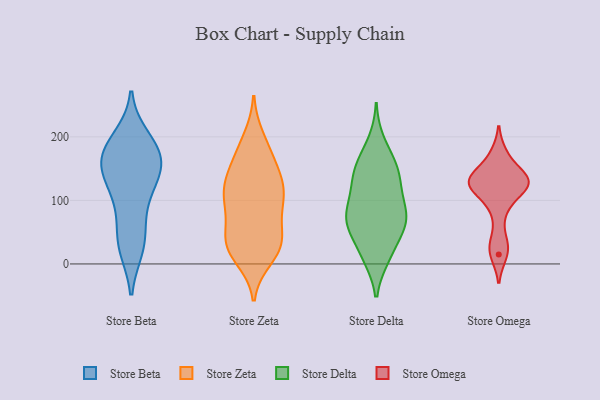
{"axis": {"x": "Population (Million)", "y": "Value"}, "legend": ["Store Beta", "Store Delta", "Store Omega", "Store Zeta"], "data": [{"x": "", "y": 170, "type": "Store Beta"}, {"x": "", "y": 127, "type": "Store Beta"}, {"x": "", "y": 26, "type": "Store Beta"}, {"x": "", "y": 40, "type": "Store Beta"}, {"x": "", "y": 178, "type": "Store Beta"}, {"x": "", "y": 168, "type": "Store Beta"}, {"x": "", "y": 187, "type": "Store Beta"}, {"x": "", "y": 143, "type": "Store Beta"}, {"x": "", "y": 107, "type": "Store Beta"}, {"x": "", "y": 144, "type": "Store Beta"}, {"x": "", "y": 29, "type": "Store Beta"}, {"x": "", "y": 156, "type": "Store Beta"}, {"x": "", "y": 197, "type": "Store Beta"}, {"x": "", "y": 81, "type": "Store Beta"}, {"x": "", "y": 74, "type": "Store Zeta"}, {"x": "", "y": 34, "type": "Store Zeta"}, {"x": "", "y": 29, "type": "Store Zeta"}, {"x": "", "y": 78, "type": "Store Zeta"}, {"x": "", "y": 10, "type": "Store Zeta"}, {"x": "", "y": 122, "type": "Store Zeta"}, {"x": "", "y": 134, "type": "Store Zeta"}, {"x": "", "y": 36, "type": "Store Zeta"}, {"x": "", "y": 105, "type": "Store Zeta"}, {"x": "", "y": 168, "type": "Store Zeta"}, {"x": "", "y": 126, "type": "Store Zeta"}, {"x": "", "y": 30, "type": "Store Zeta"}, {"x": "", "y": 197, "type": "Store Zeta"}, {"x": "", "y": 94, "type": "Store Zeta"}, {"x": "", "y": 155, "type": "Store Zeta"}, {"x": "", "y": 181, "type": "Store Zeta"}, {"x": "", "y": 121, "type": "Store Zeta"}, {"x": "", "y": 105, "type": "Store Zeta"}, {"x": "", "y": 29, "type": "Store Zeta"}, {"x": "", "y": 25, "type": "Store Zeta"}, {"x": "", "y": 110, "type": "Store Delta"}, {"x": "", "y": 11, "type": "Store Delta"}, {"x": "", "y": 15, "type": "Store Delta"}, {"x": "", "y": 191, "type": "Store Delta"}, {"x": "", "y": 164, "type": "Store Delta"}, {"x": "", "y": 155, "type": "Store Delta"}, {"x": "", "y": 79, "type": "Store Delta"}, {"x": "", "y": 59, "type": "Store Delta"}, {"x": "", "y": 144, "type": "Store Delta"}, {"x": "", "y": 144, "type": "Store Delta"}, {"x": "", "y": 14, "type": "Store Delta"}, {"x": "", "y": 94, "type": "Store Delta"}, {"x": "", "y": 134, "type": "Store Delta"}, {"x": "", "y": 116, "type": "Store Delta"}, {"x": "", "y": 71, "type": "Store Delta"}, {"x": "", "y": 62, "type": "Store Delta"}, {"x": "", "y": 61, "type": "Store Delta"}, {"x": "", "y": 73, "type": "Store Delta"}, {"x": "", "y": 62, "type": "Store Delta"}, {"x": "", "y": 130, "type": "Store Omega"}, {"x": "", "y": 86, "type": "Store Omega"}, {"x": "", "y": 125, "type": "Store Omega"}, {"x": "", "y": 172, "type": "Store Omega"}, {"x": "", "y": 15, "type": "Store Omega"}, {"x": "", "y": 123, "type": "Store Omega"}, {"x": "", "y": 131, "type": "Store Omega"}, {"x": "", "y": 122, "type": "Store Omega"}, {"x": "", "y": 33, "type": "Store Omega"}, {"x": "", "y": 144, "type": "Store Omega"}]}